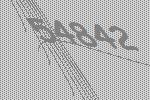
54842